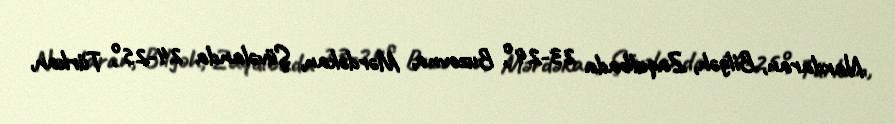
Nardaran, Bilgəh, Zaqulbada 23-24°, Buzovna, Mərdəkan, Şüvəlanda 24-25°, Türkan,